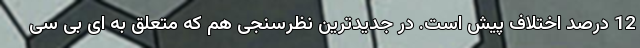
12 درصد اختلاف پیش است. در جدیدترین نظرسنجی هم که متعلق به ای بی سی